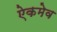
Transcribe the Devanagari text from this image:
ऐकमेव